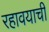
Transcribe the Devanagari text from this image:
रहावयाची